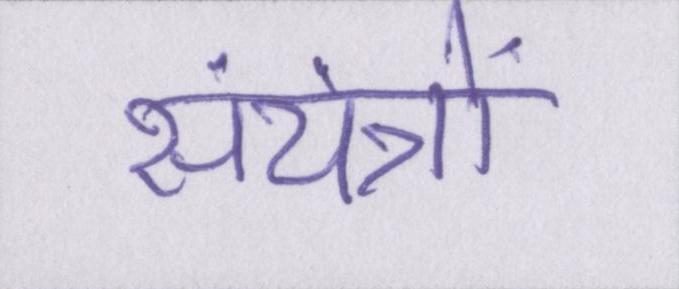
संयंत्रों